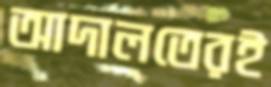
আদালতেরই